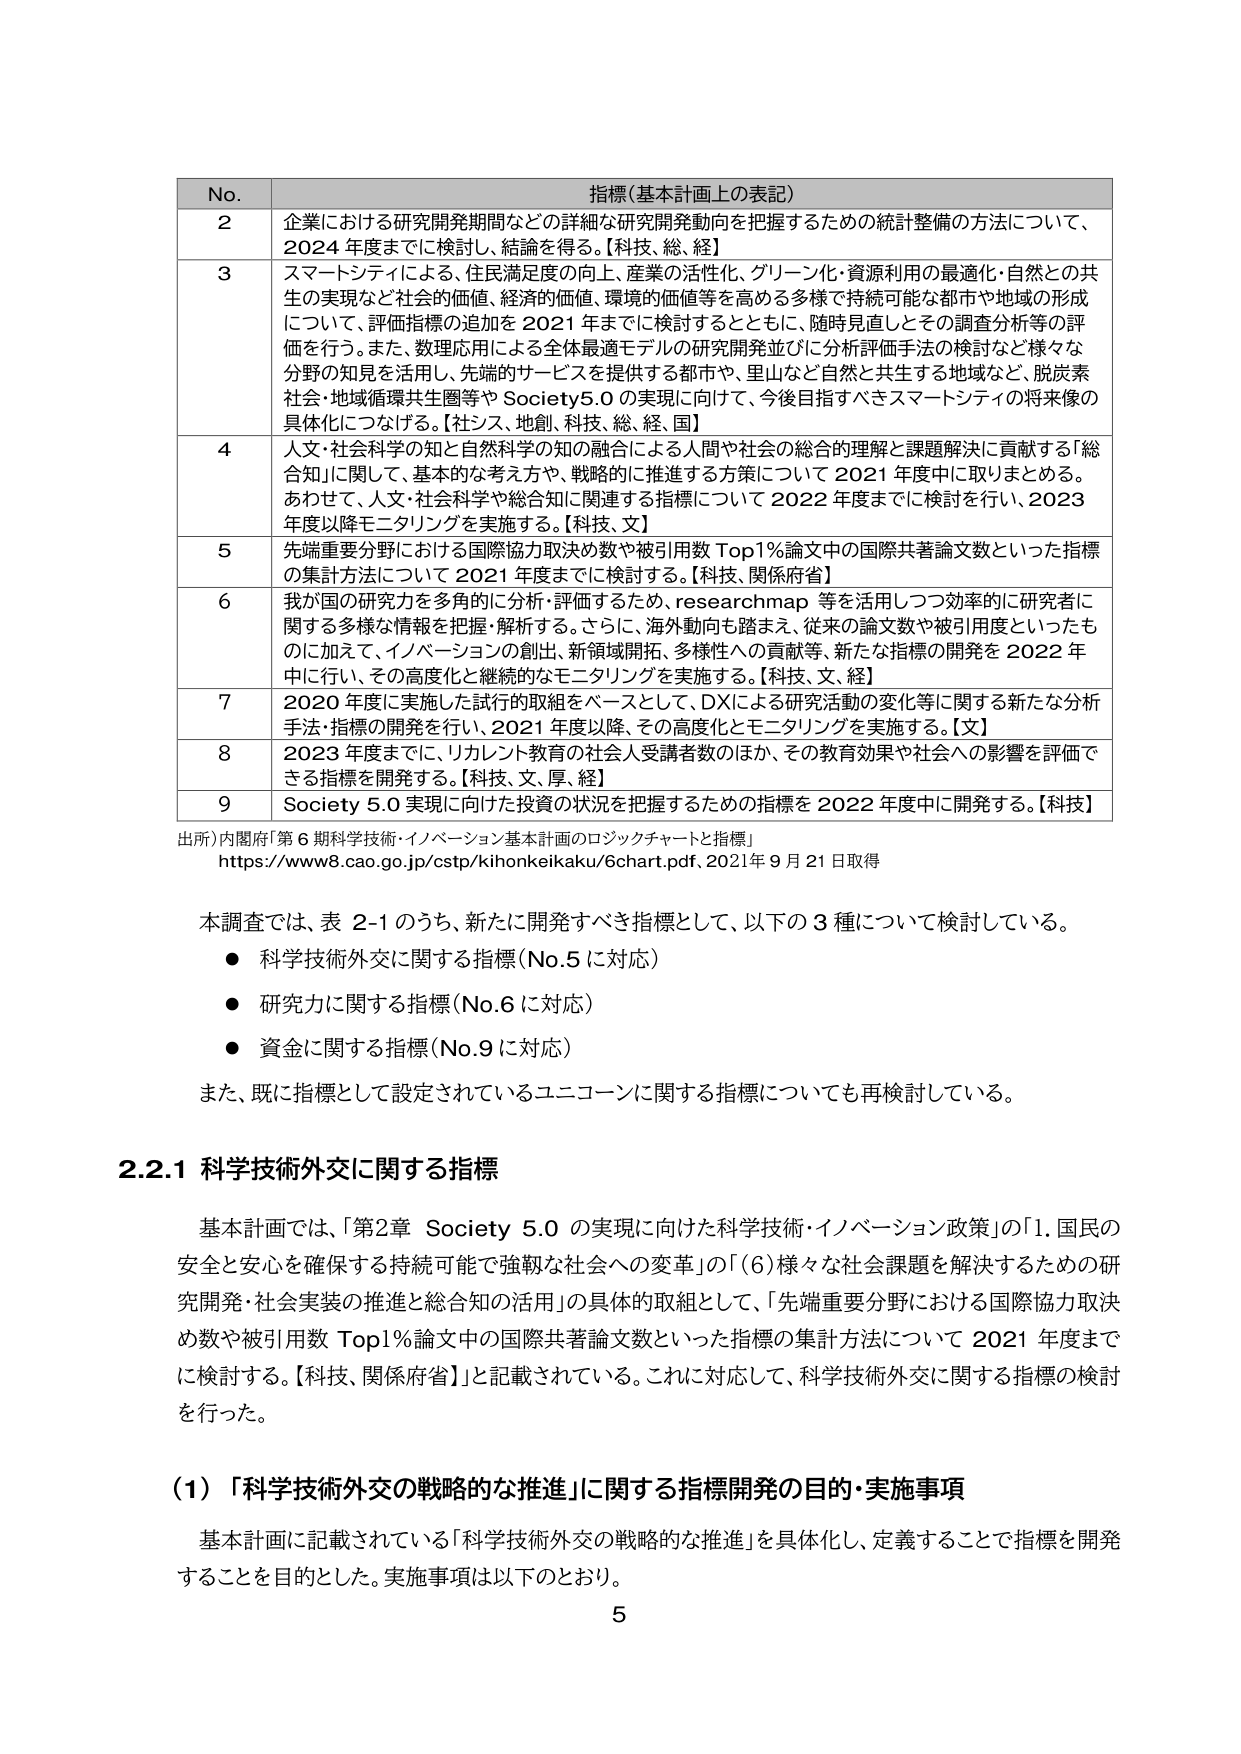
No. 指標(基本計画上の表記)
2 企業における研究開発期間などの詳細な研究開発動向を把握するための統計整備の方法について、2024年度までに検討し、結論を得る。【科技、総、経】
3 スマートシティによる、住民満足度の向上、産業の活性化、グリーン化・資源利用の最適化・自然との共生の実現など社会的価値、経済的価値、環境的価値等を高める多様で持続可能な都市や地域の形成について、評価指標の追加を2021年度までに検討するとともに、随時見直しとその調査分析等の評価を行う。また、数理応用による全体最適モデルの研究開発並びに分析評価手法の検討など様々な分野の知見を活用し、先端的サービスを提供する都市や、里山など自然と共生する地域など、脱炭素社会・地域循環共生圏等やSociety5.0の実現に向けて、今後目指すべきスマートシティの将来像の具体化につなげる。【社シス、地創、科技、総、経、国】
4 人文・社会科学の知と自然科学の知の融合による人間や社会の総合的理解と課題解決に貢献する「総合知」に関して、基本的な考え方や、戦略的に推進する方策について2021年度中に取りまとめる。あわせて、人文・社会科学や総合知に関連する指標について2022年度までに検討を行い、2023年度以降モニタリングを実施する。【科技、文】
5 先端重要分野における国際協力取決め数や被引用数Top1%論文中の国際共著論文数といった指標の集計方法について2021年度までに検討する。【科技、関係府省】
6 我が国の研究力を多角的に分析・評価するため、researchmap等を活用しつつ効率的に研究者に関する多様な情報を把握・解析する。さらに、海外動向も踏まえ、従来の論文数や被引用度といったものに加えて、イノベーションの創出、新領域開拓、多様性への貢献等、新たな指標の開発を2022年中に行い、その高度化と継続的なモニタリングを実施する。【科技、文、経】
7 2020年度に実施した試行的取組をベースとして、DXによる研究活動の変化等に関する新たな分析手法・指標の開発を行い、2021年度以降、その高度化とモニタリングを実施する。【文】
8 2023年度までに、リカレント教育の社会人受講者数のほか、その教育効果や社会への影響を評価できる指標を開発する。【科技、文、厚、経】
9 Society5.0実現に向けた投資の状況を把握するための指標を2022年度中に開発する。【科技】
出所)内閣府「第6期科学技術・イノベーション基本計画のロジックチャートと指標」
https://www8.cao.go.jp/cstp/kihonkeikaku/6chart.pdf、2021年9月21日取得
本調査では、表2-1のうち、新たに開発すべき指標として、以下の3種について検討している。
● 科学技術外交に関する指標(No.5に対応)
● 研究力に関する指標(No.6に対応)
● 資金に関する指標(No.9に対応)
また、既に指標として設定されているユニコーンに関する指標についても再検討している。
2.2.1 科学技術外交に関する指標
基本計画では、「第2章 Society5.0の実現に向けた科学技術・イノベーション政策」の「1.国民の安全と安心を確保する持続可能で強靭な社会への変革」の「(6)様々な社会課題を解決するための研究開発・社会実装の推進と総合知の活用」の具体的取組として、「先端重要分野における国際協力取決め数や被引用数Top1%論文中の国際共著論文数といった指標の集計方法について2021年度までに検討する。【科技、関係府省】」と記載されている。これに対応して、科学技術外交に関する指標の検討を行った。
(1)「科学技術外交の戦略的な推進」に関する指標開発の目的・実施事項
基本計画に記載されている「科学技術外交の戦略的な推進」を具体化し、定義することで指標を開発することを目的とした。実施事項は以下のとおり。
5